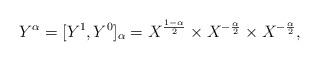
LaTeX: \begin{align*}Y^\alpha = [Y^1,Y^0]_{\alpha} = X^{\frac{1-\alpha}{2}} \times X^{-\frac{\alpha}{2}} \times X^{-\frac{\alpha}{2}},\end{align*}